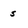
Character: s